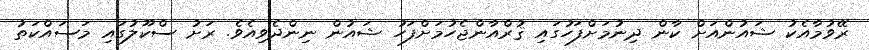
ރޭވުމާއެކު ޝައުންއަށް ކާން ދިނުމަށްފަހުގައި ޤުރްއާންޖެހުމަށްފަހު ޝައުން ނިންދެވިއެވެ. ރަށު ސްކޫލުގައި މަސައްކަތު